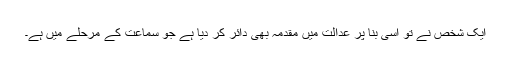
ایک شخص نے تو اسی بنا پر عدالت میں مقدمہ بھی دائر کر دیا ہے جو سماعت کے مرحلے میں ہے۔